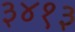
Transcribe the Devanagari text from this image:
३४१३